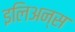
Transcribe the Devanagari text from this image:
इलिअन्स